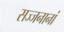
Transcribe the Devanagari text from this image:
सज्जनानां